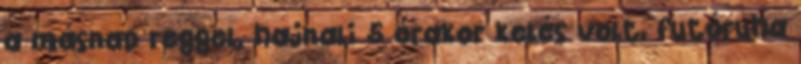
a másnap reggel, hajnali 5 órakor kelés volt, futóruha